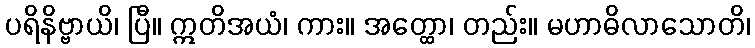
ပရိနိဗ္ဗာယိ၊ ပြီ။ ဣတိအယံ၊ ကား။ အတ္ထော၊ တည်း။ မဟာဓိလာသောတိ၊